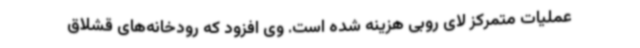
عملیات متمرکز لای روبی هزینه شده است. وی افزود که رودخانه‌های قشلاق